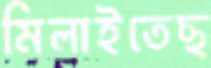
মিলাইতেছ